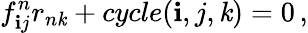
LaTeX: f_{\mathbf{i}j}^{n}r_{n\mathit{k}}+cycle(\mathbf{i},j,\mathit{k})=0\, ,